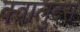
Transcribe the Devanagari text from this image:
क्वालुद्स